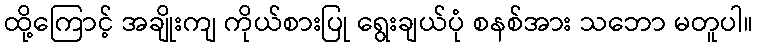
ထို့ကြောင့် အချိုးကျ ကိုယ်စားပြု ရွေးချယ်ပုံ စနစ်အား သဘော မတူပါ။